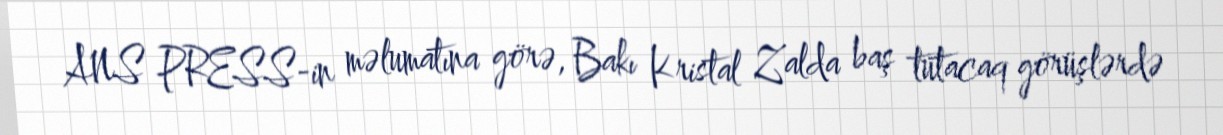
ANS PRESS-in məlumatına görə, Bakı Kristal Zalda baş tutacaq görüşlərdə